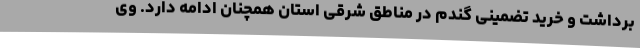
برداشت و خرید تضمینی گندم در مناطق شرقی استان همچنان ادامه دارد. وی